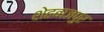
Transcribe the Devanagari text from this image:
शेहबाजपुर